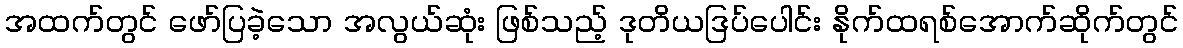
အထက်တွင် ဖော်ပြခဲ့သော အလွယ်ဆုံး ဖြစ်သည့် ဒုတိယဒြပ်ပေါင်း နိုက်ထရစ်အောက်ဆိုက်တွင်